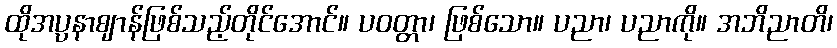
ထိုအပ္ပနာဈာန်ဖြစ်သည့်တိုင်အောင်။ ပဝတ္တာ၊ ဖြစ်သော။ ပညာ၊ ပညာကို။ အဘိညာတိ၊